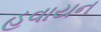
હવાયન